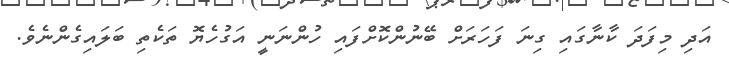
އަދި މިފަދަ ކާނާގައި ގިނަ ފަހަރަށް ބޭނުންކޮށްފައި ހުންނަނީ އަގުހެޔޮ ތަކެތި ބަލައިގެންނެވެ.